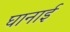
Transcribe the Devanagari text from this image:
घानाई